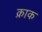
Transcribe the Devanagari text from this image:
क्राक